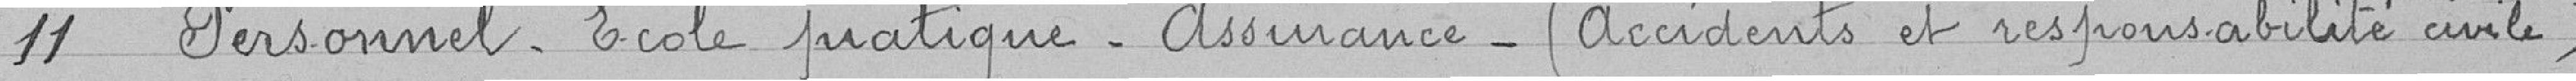
11 Personnel. Ecole pratique. Assurance (accidents et responsabilité civile)